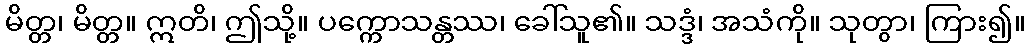
မိတ္တ၊ မိတ္တ။ ဣတိ၊ ဤသို့။ ပက္ကောသန္တဿ၊ ခေါ်သူ၏။ သဒ္ဒံ၊ အသံကို။ သုတွာ၊ ကြား၍။